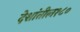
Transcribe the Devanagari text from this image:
देशांतील१८०